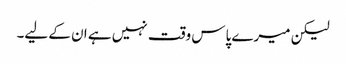
لیکن میرے پاس وقت نہیں ہے ان کے لیے۔